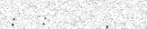
:  :